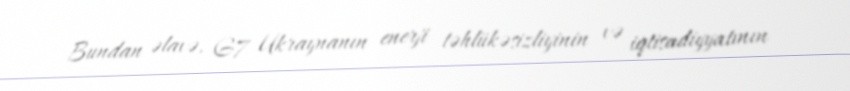
Bundan əlavə, G7 Ukraynanın enerji təhlükəsizliyinin və iqtisadiyyatının